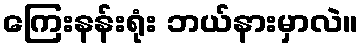
ကြေးနန်းရုံး ဘယ်နားမှာလဲ။